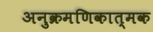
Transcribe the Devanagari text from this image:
अनुक्रमणिकात्मक